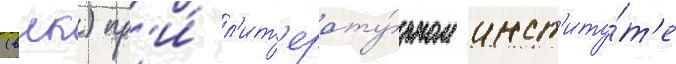
(влк) пр'и́ л'ит'ерату́рном инст'иту́т'е